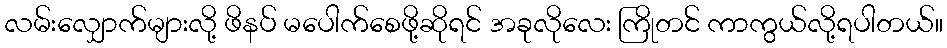
လမ်းလျှောက်များလို့ ဖိနပ် မပေါက်စေဖို့ဆိုရင် အခုလိုလေး ကြိုတင် ကာကွယ်လို့ရပါတယ်။